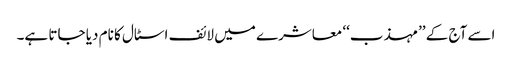
اسے آج کے ’’مہذب‘‘ معاشرے میں لائف اسٹال کا نام دیا جاتا ہے۔